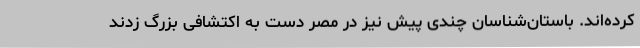
کرده‌اند. باستان‌شناسان چندی پیش نیز در مصر دست به اکتشافی بزرگ زدند